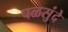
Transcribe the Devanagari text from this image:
पळसुंदे